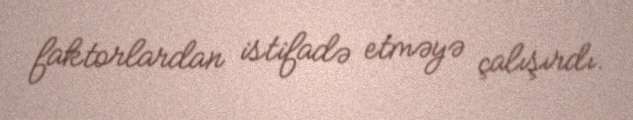
faktorlardan istifadə etməyə çalışırdı.